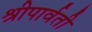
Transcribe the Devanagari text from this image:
श्रीपार्वती